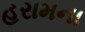
હરામના